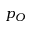
p _ { O }